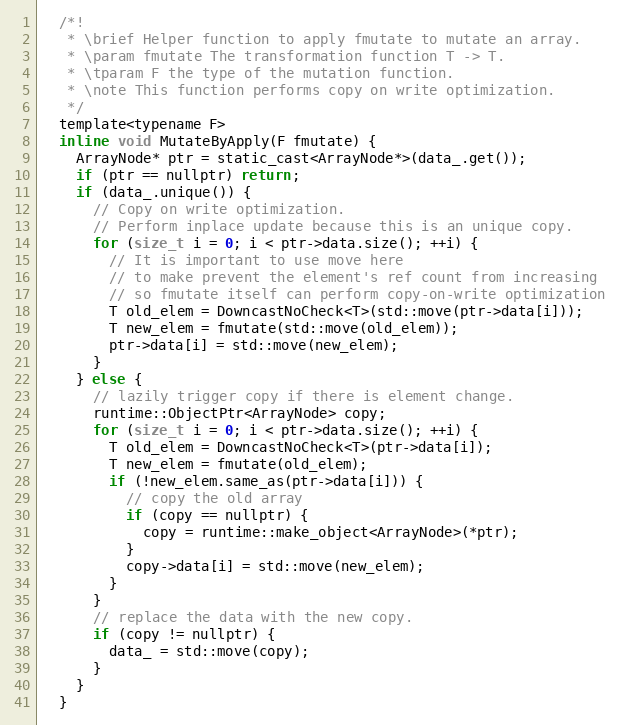
Language: C
  /*!
   * \brief Helper function to apply fmutate to mutate an array.
   * \param fmutate The transformation function T -> T.
   * \tparam F the type of the mutation function.
   * \note This function performs copy on write optimization.
   */
  template<typename F>
  inline void MutateByApply(F fmutate) {
    ArrayNode* ptr = static_cast<ArrayNode*>(data_.get());
    if (ptr == nullptr) return;
    if (data_.unique()) {
      // Copy on write optimization.
      // Perform inplace update because this is an unique copy.
      for (size_t i = 0; i < ptr->data.size(); ++i) {
        // It is important to use move here
        // to make prevent the element's ref count from increasing
        // so fmutate itself can perform copy-on-write optimization
        T old_elem = DowncastNoCheck<T>(std::move(ptr->data[i]));
        T new_elem = fmutate(std::move(old_elem));
        ptr->data[i] = std::move(new_elem);
      }
    } else {
      // lazily trigger copy if there is element change.
      runtime::ObjectPtr<ArrayNode> copy;
      for (size_t i = 0; i < ptr->data.size(); ++i) {
        T old_elem = DowncastNoCheck<T>(ptr->data[i]);
        T new_elem = fmutate(old_elem);
        if (!new_elem.same_as(ptr->data[i])) {
          // copy the old array
          if (copy == nullptr) {
            copy = runtime::make_object<ArrayNode>(*ptr);
          }
          copy->data[i] = std::move(new_elem);
        }
      }
      // replace the data with the new copy.
      if (copy != nullptr) {
        data_ = std::move(copy);
      }
    }
  }